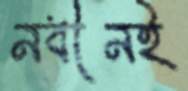
নবীনই